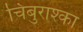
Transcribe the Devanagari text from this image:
चिबुराश्का